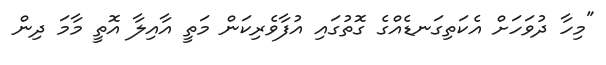
"މިހާ ދުވަހަށް އެކަތިގަނޑެއްގެ ގޮތުގައި އުފާވެރިކަން މަތީ އާއިލާ އޮތީ މާމަ ދިން